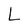
Character: L